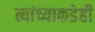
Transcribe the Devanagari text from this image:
त्यांच्याकडेही